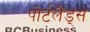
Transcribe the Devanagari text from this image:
पोर्टलैंड्स